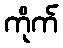
ကိုက်